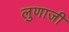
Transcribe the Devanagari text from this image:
लुणाजी